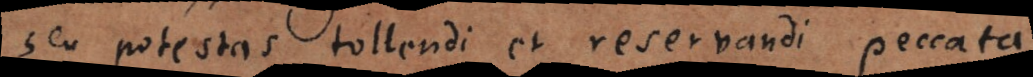
seu potestas tollendi et reservandi peccata.